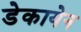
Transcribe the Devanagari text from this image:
डेकायेन